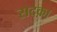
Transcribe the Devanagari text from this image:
सदक़ा